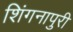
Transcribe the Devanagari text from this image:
शिंगनापुरी